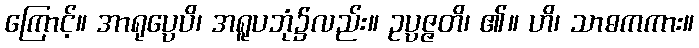
ကြောင့်။ အာရုပ္ပေပိ၊ အရူပဘုံ၌လည်း။ ဥပ္ပဇ္ဇတိ၊ ၏။ ဟိ၊ သာဓကကား။